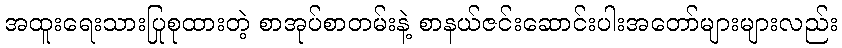
အထူးရေးသားပြုစုထားတဲ့ စာအုပ်စာတမ်းနဲ့ စာနယ်ဇင်းဆောင်းပါးအတော်များများလည်း